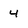
Character: 4